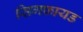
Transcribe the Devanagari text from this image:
सिगफ्रायड